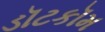
ડૉટકૉમ